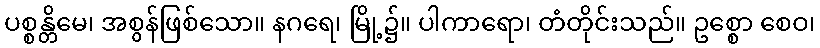
ပစ္စန္တိမေ၊ အစွန်ဖြစ်သော။ နဂရေ၊ မြို့၌။ ပါကာရော၊ တံတိုင်းသည်။ ဥစ္စော စေဝ၊